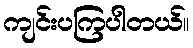
ကျင်းပကြပါတယ်။